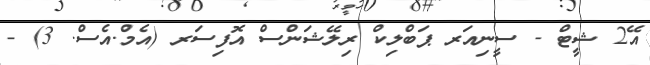
އޭ2 ޝީޓް - ސީނިއަރ ޕަބްލިކް ރިލޭޝަންސް އޮފިސަރ (އެމް.އެސް. 3) -